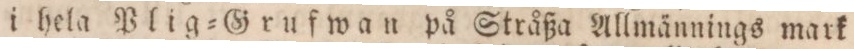
i hela Plig=Grufwan på Stråßa Allmännings mark